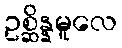
ဥစ္ဆိန္နမူလေ